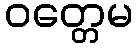
ဝတ္တေမ